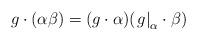
LaTeX: \begin{align*}g\cdot(\alpha\beta) = (g\cdot \alpha)(\left. g\right|_\alpha\cdot \beta)\end{align*}